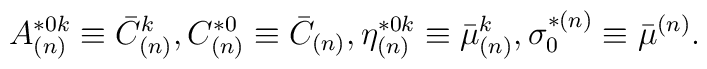
A^{*0k}_{(n)}\equiv \bar C^{k}_{(n)},  C_{(n)}^{*0}\equiv \bar C_{(n)}, \eta ^{*0k}_{(n)}\equiv \bar \mu ^k_{(n)}  , \sigma _0^{*(n)}\equiv \bar \mu ^{(n)} .